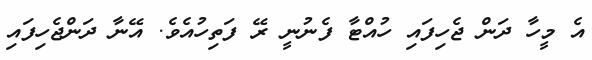
އެ މީހާ ދަން ޖެހިފައި ހުއްޓާ ފެނުނީ ރޭ ފަތިހުއެވެ. އޭނާ ދަންޖެހިފައި